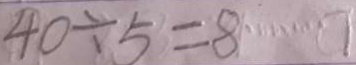
4 0 \div 5 = 8